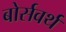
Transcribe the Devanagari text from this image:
बोर्सवर्थ